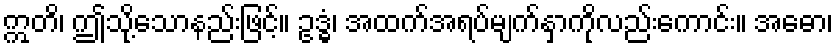
ဣတိ၊ ဤသို့သောနည်းဖြင့်။ ဥဒ္ဓံ၊ အထက်အရပ်မျက်နှာကိုလည်းကောင်း။ အဓော၊